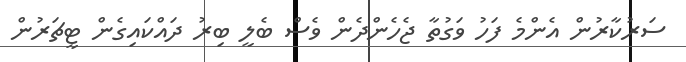
ސަރުކާރުން އެންމެ ފަހު ވަގުތާ ޖެހެންދެން ވެސް ބެލީ ބިރު ދައްކައިގެން ޓީޗަރުން